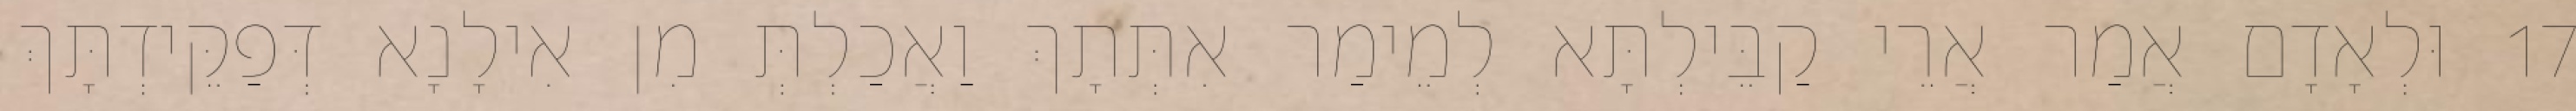
17 וּלְאָדָם אֲמַר אֲרֵי קַבֵּילְתָּא לְמֵימַר אִתְּתָךְ וַאֲכַלְתְּ מִן אִילָנָא דְּפַקֵּידְתָּךְ